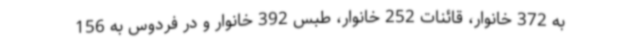
به 372 خانوار، قائنات 252 خانوار، طبس 392 خانوار و در فردوس به 156